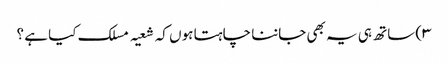
۳) ساتھ ہی یہ بھی جاننا چاہتا ہوں کہ شعیہ مسلک کیا ہے ؟